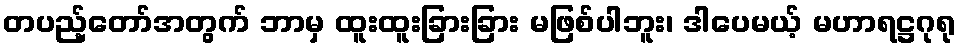
တပည့်တော်အတွက် ဘာမှ ထူးထူးခြားခြား မဖြစ်ပါဘူး၊ ဒါပေမယ့် မဟာရဋ္ဌဂုရု